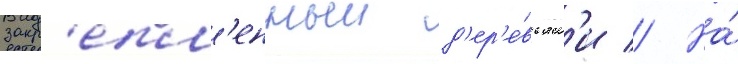
закр'епл'енныи д'ер'е́вьям'и // На́